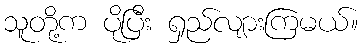
သူတို့က ပိုပြီး ရှည်လျားကြမယ်။